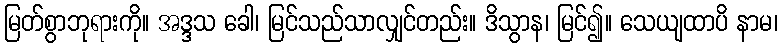
မြတ်စွာဘုရားကို။ အဒ္ဒသ ခေါ၊ မြင်သည်သာလျှင်တည်း။ ဒိသွာန၊ မြင်၍။ သေယျထာပိ နာမ၊